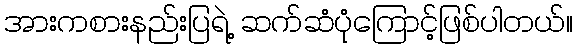
အားကစားနည်းပြရဲ့ ဆက်ဆံပုံကြောင့်ဖြစ်ပါတယ်။